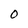
Character: O